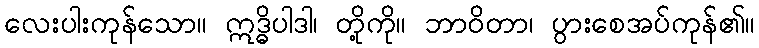
လေးပါးကုန်သော။ ဣဒ္ဓိပါဒါ၊ တို့ကို။ ဘာဝိတာ၊ ပွားစေအပ်ကုန်၏။